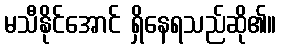
မသီနိုင်အောင် ရှိနေရသည်ဆို၏။